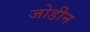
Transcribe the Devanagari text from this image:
जोडीन